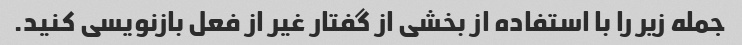
جمله زیر را با استفاده از بخشی از گفتار غیر از فعل بازنویسی کنید.